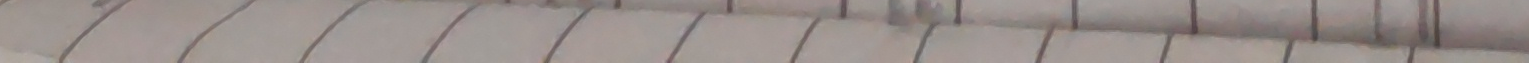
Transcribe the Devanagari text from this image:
समुन्द्र